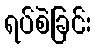
ရပ်စဲခြင်း